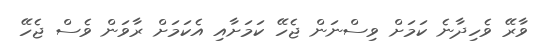
ވާރޭ ވެހިދާނެ ކަމަށް ވިސްނަން ޖެހޭ ކަމަށާއި އެކަމަށް ރާވަން ވެސް ޖެހޭ